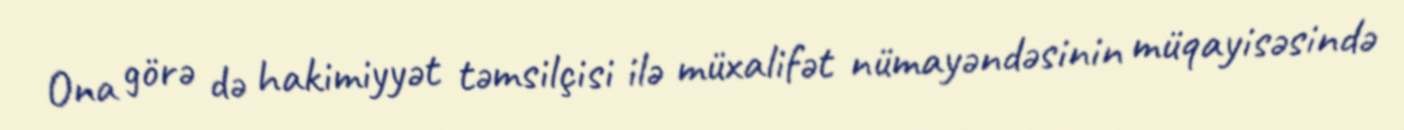
Ona görə də hakimiyyət təmsilçisi ilə müxalifət nümayəndəsinin müqayisəsində